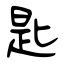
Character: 匙